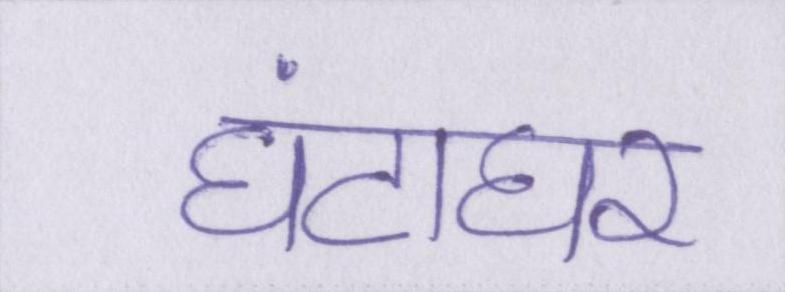
घंटाघर